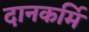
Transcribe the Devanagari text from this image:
दानकर्मि